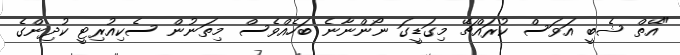
"އޭތް ޝެބީ އަވަސް ކުރައްޗޭ މިގަޑީގަ ނޯންނާނެ ބަހެއްވެސް މިތަނުން ސެކިއުރިޓީ ކުދިންގެ